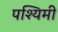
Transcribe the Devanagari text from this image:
पश्यिमी